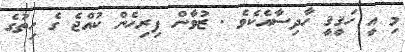
މި އީ ހަޤީޤީ ހާދިސާއެކެވެ . ޒުވާން ފިރިހެން ކުއްޖެ ގެ ހިތުގެ